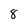
Character: 8